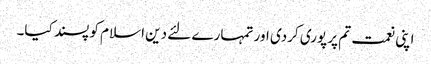
اپنی نعمت تم پر پوری کردی اور تمہارے لئے دین اسلام کو پسند کیا۔